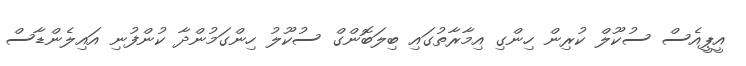
އީޕީއެސް ސުކޫލް ކުރިން ހިންގި އިމާރާތުގައި ބިލަބޮންގް ސުކޫލު ހިންގަމުންދާ ކުންފުނި އައިލެންޑާސް